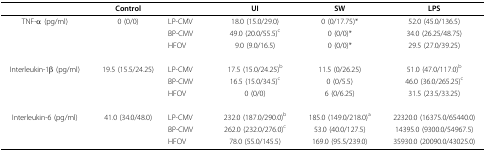
|  | Control |  | UI | SW | LPS |
 | --- | --- | --- | --- | --- | --- |
 | TNF-α (pg/ml) | 0 (0/0) | LP-CMV | 18.0 (15.0/29.0) | 0 (0/17.75)* | 52.0 (45.0/136.5) |
 |  |  | BP-CMV | 49.0 (20.0/55.5)c | 0 (0/0)* | 34.0 (26.25/48.75) |
 |  |  | HFOV | 9.0 (9.0/16.5) | 0 (0/0)* | 29.5 (27.0/39.25) |
 | Interleukin-1β (pg/ml) | 19.5 (15.5/24.25) | LP-CMV | 17.5 (15.0/24.25)b | 11.5 (0/26.25) | 51.0 (47.0/117.0)b |
 |  |  | BP-CMV | 16.5 (15.0/34.5)c | 0 (0/5.5) | 46.0 (36.0/265.25)c |
 |  |  | HFOV | 0 (0/0) | 6 (0/6.25) | 31.5 (23.5/33.25) |
 | Interleukin-6 (pg/ml) | 41.0 (34.0/48.0) | LP-CMV | 232.0 (187.0/290.0)b | 185.0 (149.0/218.0)a | 22320.0 (16375.0/65440.0) |
 |  |  | BP-CMV | 262.0 (232.0/276.0)c | 53.0 (40.0/127.5) | 14395.0 (9300.0/54967.5) |
 |  |  | HFOV | 78.0 (55.0/145.5) | 169.0 (95.5/239.0) | 35930.0 (20090.0/43025.0) |